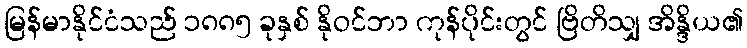
မြန်မာနိုင်ငံသည် ၁၈၈၅ ခုနှစ် နိုဝင်ဘာ ကုန်ပိုင်းတွင် ဗြိတိသျှ အိန္ဒိယ၏